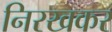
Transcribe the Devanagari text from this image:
निरखकर